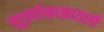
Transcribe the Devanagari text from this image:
सुवर्णकाळातली